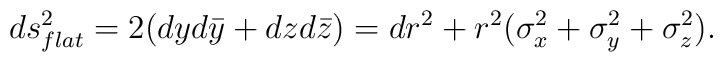
ds^2_{flat} = 2 (dy d\bar y + dz d\bar z) =dr^2 + r^2 (\sigma_x^2 + \sigma_y^2 + \sigma_z^2) .